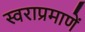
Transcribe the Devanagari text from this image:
स्वराप्रमाणें